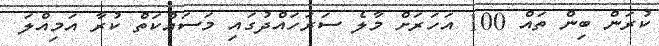
ކުރަން ބިން ތައް 100 އަހަރަށް މާލެ ސަރަހައްދުގައި މަސައްކަތް ކުރާ އަމިއްލަ